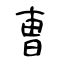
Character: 曺